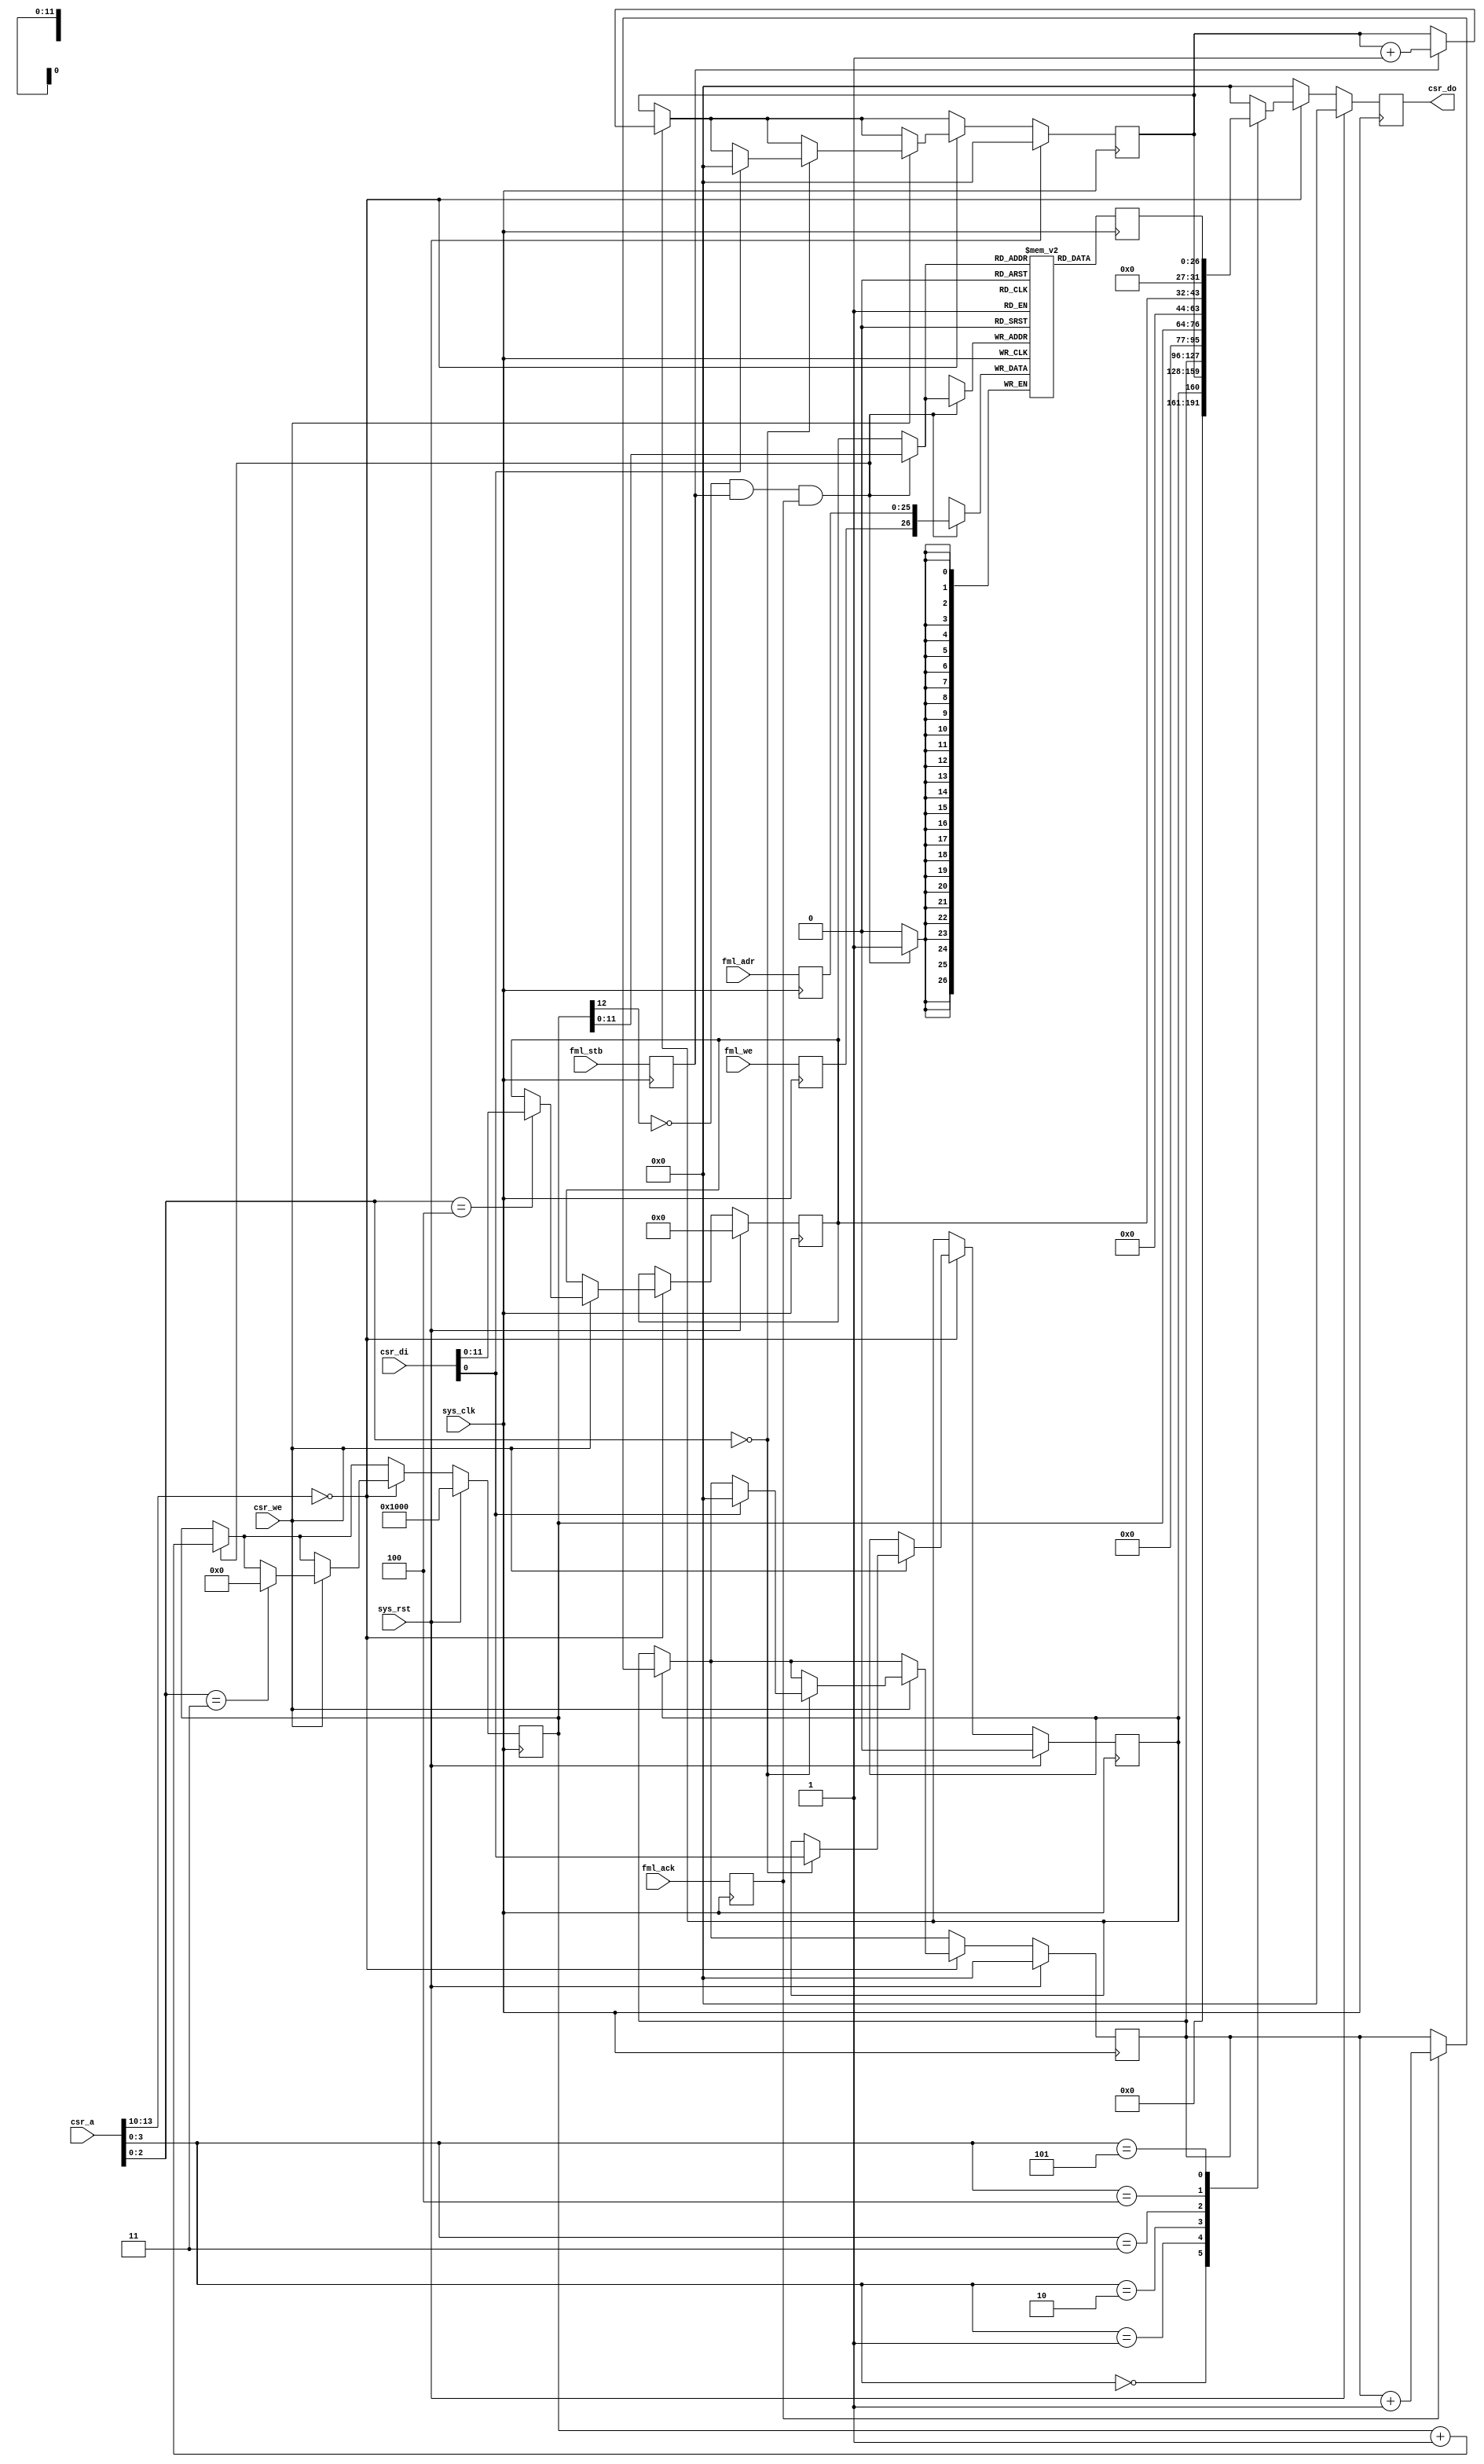
module fmlmeter #(
	parameter csr_addr = 4'h0,
	parameter fml_depth = 26
) (
	input sys_clk,
	input sys_rst,

	input [13:0] csr_a,
	input csr_we,
	input [31:0] csr_di,
	output reg [31:0] csr_do,

	input fml_stb,
	input fml_ack,
	input fml_we,
	input [fml_depth-1:0] fml_adr
);

/* Register the signals we probe to have a minimal impact on timing */
reg fml_stb_r;
reg fml_ack_r;
reg fml_we_r;
reg [fml_depth-1:0] fml_adr_r;
always @(posedge sys_clk) begin
	fml_stb_r <= fml_stb;
	fml_ack_r <= fml_ack;
	fml_we_r <= fml_we;
	fml_adr_r <= fml_adr;
end

reg counters_en;		// @ 00
reg [31:0] stb_count;		// @ 04
reg [31:0] ack_count;		// @ 08
reg [12:0] capture_wadr;	// @ 0c
reg [11:0] capture_radr;	// @ 10
reg [fml_depth:0] capture_do;	// @ 14

reg [fml_depth:0] capture_mem[0:4095];
wire capture_en = ~capture_wadr[12];
wire capture_we = capture_en & fml_stb_r & fml_ack_r;
wire [11:0] capture_adr = capture_we ? capture_wadr[11:0] : capture_radr;
wire [fml_depth:0] capture_di = {fml_we_r, fml_adr_r};

always @(posedge sys_clk) begin
	if(capture_we)
		capture_mem[capture_adr] <= capture_di;
	capture_do <= capture_mem[capture_adr];
end

wire csr_selected = csr_a[13:10] == csr_addr;

always @(posedge sys_clk) begin
	if(sys_rst) begin
		counters_en <= 1'b0;
		stb_count <= 32'd0;
		ack_count <= 32'd0;
		
		capture_wadr <= 13'd4096;
		capture_radr <= 12'd0;

		csr_do <= 32'd0;
	end else begin
		if(counters_en) begin
			if(fml_stb_r)
				stb_count <= stb_count + 32'd1;
			if(fml_ack_r)
				ack_count <= ack_count + 32'd1;
		end
		
		if(capture_we)
			capture_wadr <= capture_wadr + 13'd1;

		csr_do <= 32'd0;
		if(csr_selected) begin
			if(csr_we) begin
				case(csr_a[2:0])
					3'b000: begin
						counters_en <= csr_di[0];
						if(csr_di[0]) begin
							stb_count <= 32'd0;
							ack_count <= 32'd0;
						end
					end
					// 3'b001 stb_count is read-only
					// 3'b010 ack_count is read-only
					3'b011: capture_wadr <= 13'd0;
					3'b100: capture_radr <= csr_di[11:0];
					// 3'b101 capture_do is read-only
				endcase
			end

			case(csr_a[3:0])
				3'b000: csr_do <= counters_en;
				3'b001: csr_do <= stb_count;
				3'b010: csr_do <= ack_count;
				3'b011: csr_do <= capture_wadr;
				3'b100: csr_do <= capture_radr;
				3'b101: csr_do <= capture_do;
			endcase
		end
	end
end

endmodule